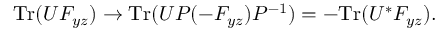
\mathrm { T r } ( U F _ { y z } ) \rightarrow \mathrm { T r } ( U P ( - F _ { y z } ) P ^ { - 1 } ) = - \mathrm { T r } ( U ^ { * } F _ { y z } ) .